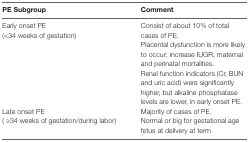
<table><thead><tr><td><b>PE Subgroup</b></td><td><b>Comment</b></td></tr></thead><tbody><tr><td>Early onset PE(&lt;34 weeks of gestation)</td><td>Consist of about 10% of total cases of PE.Placental dysfunction is more likely to occur; increase IUGR, maternal and perinatal mortalities.Renal function indicators (Cr, BUN and uric acid) were significantly higher, but alkaline phosphatase levels are lower, in early onset PE.</td></tr><tr><td>Late onset PE( ≥34 weeks of gestation/during labor)</td><td>Majority of cases of PE.Normal or big for gestational age fetus at delivery at term</td></tr></tbody></table>